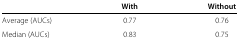
|  | With | Without |
 | --- | --- | --- |
 | Average (AUCs) | 0.77 | 0.76 |
 | Median (AUCs) | 0.83 | 0.75 |